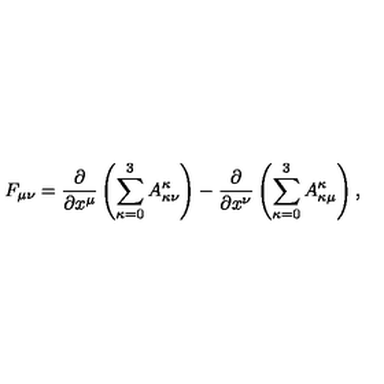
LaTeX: F _ { \mu \nu } = \frac { \partial } { \partial x ^ { \mu } } \left( \sum _ { \kappa = 0 } ^ { 3 } A _ { \kappa \nu } ^ { \kappa } \right) - \frac { \partial } { \partial x ^ { \nu } } \left( \sum _ { \kappa = 0 } ^ { 3 } A _ { \kappa \mu } ^ { \kappa } \right) ,